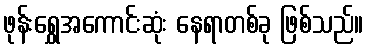
ဖုန်းရွှေအကောင်းဆုံး နေရာတစ်ခု ဖြစ်သည်။